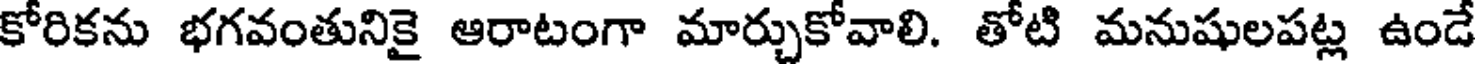
కోరికను భగవంతునికై ఆరాటంగా మార్చుకోవాలి. తోటి మనుషులపట్ల ఉండే